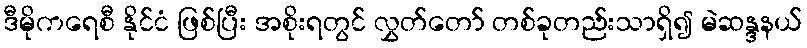
ဒီမိုကရေစီ နိုင်ငံ ဖြစ်ပြီး အစိုးရတွင် လွှတ်တော် တစ်ခုတည်းသာရှိ၍ မဲဆန္ဒနယ်